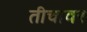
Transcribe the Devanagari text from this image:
तीचावर